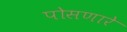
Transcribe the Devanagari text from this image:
पोसणारे